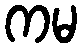
ကမ